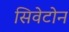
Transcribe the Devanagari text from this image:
सिवेटोन